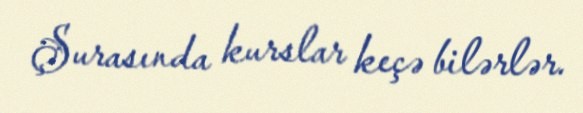
Şurasında kurslar keçə bilərlər.